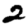
Digit: 2